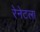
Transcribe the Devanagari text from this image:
रेनेटला